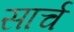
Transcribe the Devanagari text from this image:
सार्च